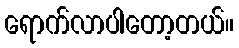
ရောက်လာပါတော့တယ်။